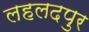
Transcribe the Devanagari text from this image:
लहलदपुर